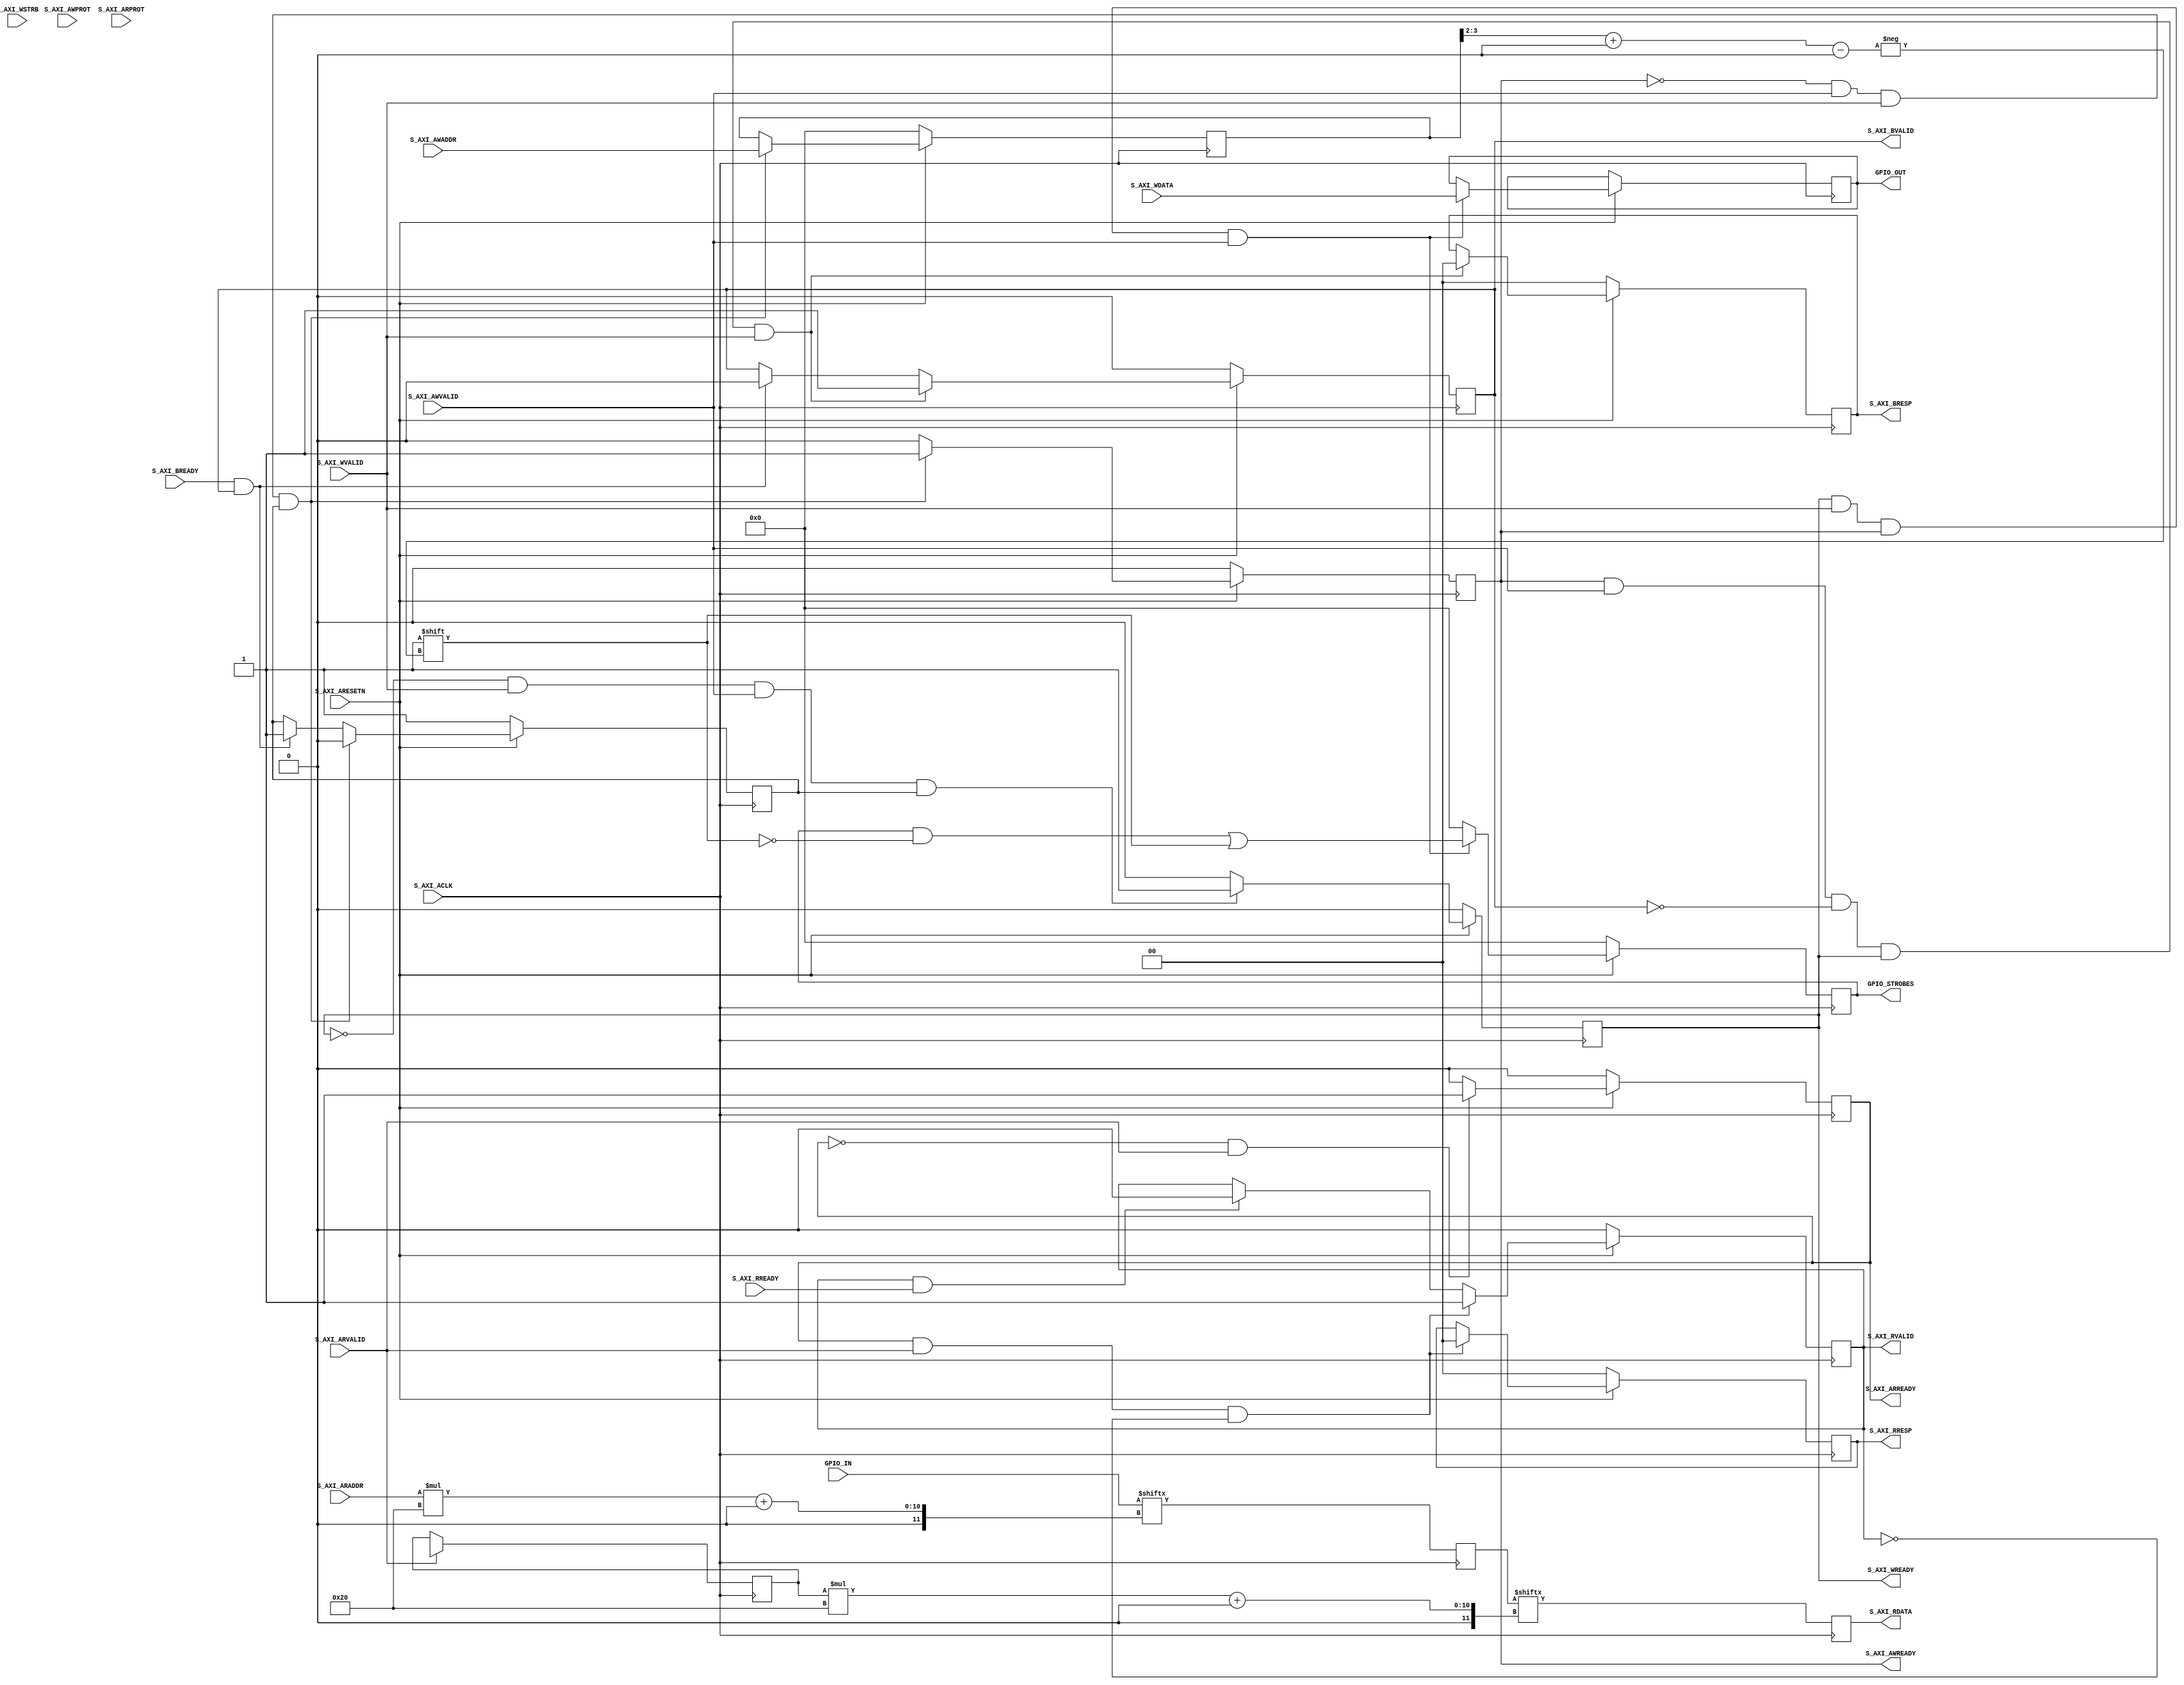
module axi_lite_generic_reg_S00_AXI #
	(
		// Users to add parameters here

		// User parameters ends
		// Do not modify the parameters beyond this line

		// Width of S_AXI data bus
		parameter integer C_S_AXI_DATA_WIDTH	= 32,
		// Width of S_AXI address bus
		parameter integer C_S_AXI_ADDR_WIDTH	= 4
	)
	(
		// Users to add ports here
        input [((1 << (C_S_AXI_ADDR_WIDTH-2))*C_S_AXI_DATA_WIDTH)-1:0] GPIO_IN,
        output reg  [(1 << (C_S_AXI_ADDR_WIDTH-2))-1:0] GPIO_STROBES,
        output reg [C_S_AXI_DATA_WIDTH-1:0] GPIO_OUT,
		// User ports ends
		// Do not modify the ports beyond this line

		// Global Clock Signal
		input wire  S_AXI_ACLK,
		// Global Reset Signal. This Signal is Active LOW
		input wire  S_AXI_ARESETN,
		// Write address (issued by master, acceped by Slave)
		input wire [C_S_AXI_ADDR_WIDTH-1 : 0] S_AXI_AWADDR,
		// Write channel Protection type. This signal indicates the
    		// privilege and security level of the transaction, and whether
    		// the transaction is a data access or an instruction access.
		input wire [2 : 0] S_AXI_AWPROT,
		// Write address valid. This signal indicates that the master signaling
    		// valid write address and control information.
		input wire  S_AXI_AWVALID,
		// Write address ready. This signal indicates that the slave is ready
    		// to accept an address and associated control signals.
		output wire  S_AXI_AWREADY,
		// Write data (issued by master, acceped by Slave) 
		input wire [C_S_AXI_DATA_WIDTH-1 : 0] S_AXI_WDATA,
		// Write strobes. This signal indicates which byte lanes hold
    		// valid data. There is one write strobe bit for each eight
    		// bits of the write data bus.    
		input wire [(C_S_AXI_DATA_WIDTH/8)-1 : 0] S_AXI_WSTRB,
		// Write valid. This signal indicates that valid write
    		// data and strobes are available.
		input wire  S_AXI_WVALID,
		// Write ready. This signal indicates that the slave
    		// can accept the write data.
		output wire  S_AXI_WREADY,
		// Write response. This signal indicates the status
    		// of the write transaction.
		output wire [1 : 0] S_AXI_BRESP,
		// Write response valid. This signal indicates that the channel
    		// is signaling a valid write response.
		output wire  S_AXI_BVALID,
		// Response ready. This signal indicates that the master
    		// can accept a write response.
		input wire  S_AXI_BREADY,
		// Read address (issued by master, acceped by Slave)
		input wire [C_S_AXI_ADDR_WIDTH-1 : 0] S_AXI_ARADDR,
		// Protection type. This signal indicates the privilege
    		// and security level of the transaction, and whether the
    		// transaction is a data access or an instruction access.
		input wire [2 : 0] S_AXI_ARPROT,
		// Read address valid. This signal indicates that the channel
    		// is signaling valid read address and control information.
		input wire  S_AXI_ARVALID,
		// Read address ready. This signal indicates that the slave is
    		// ready to accept an address and associated control signals.
		output wire  S_AXI_ARREADY,
		// Read data (issued by slave)
		output wire [C_S_AXI_DATA_WIDTH-1 : 0] S_AXI_RDATA,
		// Read response. This signal indicates the status of the
    		// read transfer.
		output wire [1 : 0] S_AXI_RRESP,
		// Read valid. This signal indicates that the channel is
    		// signaling the required read data.
		output wire  S_AXI_RVALID,
		// Read ready. This signal indicates that the master can
    		// accept the read data and response information.
		input wire  S_AXI_RREADY
	);

	// AXI4LITE signals
	reg [C_S_AXI_ADDR_WIDTH-1 : 0] 	axi_awaddr;
	reg  	axi_awready;
	reg  	axi_wready;
	reg [1 : 0] 	axi_bresp;
	reg  	axi_bvalid;
	reg [C_S_AXI_ADDR_WIDTH-1 : 0] 	axi_araddr;
	reg  	axi_arready;
	reg [1 : 0] 	axi_rresp;
	reg  	axi_rvalid;

	// Example-specific design signals
	// local parameter for addressing 32 bit / 64 bit C_S_AXI_DATA_WIDTH
	// ADDR_LSB is used for addressing 32/64 bit registers/memories
	// ADDR_LSB = 2 for 32 bits (n downto 2)
	// ADDR_LSB = 3 for 64 bits (n downto 3)
	localparam integer ADDR_LSB = (C_S_AXI_DATA_WIDTH/32) + 1;
	localparam integer OPT_MEM_ADDR_BITS = 1;
	//----------------------------------------------
	//-- Signals for user logic register space example
	//------------------------------------------------
	//-- Number of Slave Registers 4
	reg [C_S_AXI_DATA_WIDTH-1:0]	slv_reg0;
	reg [C_S_AXI_DATA_WIDTH-1:0]	slv_reg1;
	reg [C_S_AXI_DATA_WIDTH-1:0]	slv_reg2;
	reg [C_S_AXI_DATA_WIDTH-1:0]	slv_reg3;
	wire	 slv_reg_rden;
	wire	 slv_reg_wren;
	reg [C_S_AXI_DATA_WIDTH-1:0]	 reg_data_out;
	integer	 byte_index;
	reg	 aw_en;

	// I/O Connections assignments

	assign S_AXI_AWREADY	= axi_awready;
	assign S_AXI_WREADY	= axi_wready;
	assign S_AXI_BRESP	= axi_bresp;
	assign S_AXI_BVALID	= axi_bvalid;
	assign S_AXI_ARREADY	= axi_arready;
	assign S_AXI_RRESP	= axi_rresp;
	assign S_AXI_RVALID	= axi_rvalid;
	// Implement axi_awready generation
	// axi_awready is asserted for one S_AXI_ACLK clock cycle when both
	// S_AXI_AWVALID and S_AXI_WVALID are asserted. axi_awready is
	// de-asserted when reset is low.

	always @( posedge S_AXI_ACLK )
	begin
	  if ( S_AXI_ARESETN == 1'b0 )
	    begin
	      axi_awready <= 1'b0;
	      aw_en <= 1'b1;
	    end 
	  else
	    begin    
	      if (~axi_awready && S_AXI_AWVALID && S_AXI_WVALID && aw_en)
	        begin
	          // slave is ready to accept write address when 
	          // there is a valid write address and write data
	          // on the write address and data bus. This design 
	          // expects no outstanding transactions. 
	          axi_awready <= 1'b1;
	          aw_en <= 1'b0;
	        end
	        else if (S_AXI_BREADY && axi_bvalid)
	            begin
	              aw_en <= 1'b1;
	              axi_awready <= 1'b0;
	            end
	      else           
	        begin
	          axi_awready <= 1'b0;
	        end
	    end 
	end       

	// Implement axi_awaddr latching
	// This process is used to latch the address when both 
	// S_AXI_AWVALID and S_AXI_WVALID are valid. 

	always @( posedge S_AXI_ACLK )
	begin
	  if ( S_AXI_ARESETN == 1'b0 )
	    begin
	      axi_awaddr <= 0;
	    end 
	  else
	    begin    
	      if (~axi_awready && S_AXI_AWVALID && S_AXI_WVALID && aw_en)
	        begin
	          // Write Address latching 
	          axi_awaddr <= S_AXI_AWADDR;
	        end
	    end 
	end       

	// Implement axi_wready generation
	// axi_wready is asserted for one S_AXI_ACLK clock cycle when both
	// S_AXI_AWVALID and S_AXI_WVALID are asserted. axi_wready is 
	// de-asserted when reset is low. 

	always @( posedge S_AXI_ACLK )
	begin
	  if ( S_AXI_ARESETN == 1'b0 )
	    begin
	      axi_wready <= 1'b0;
	    end 
	  else
	    begin    
	      if (~axi_wready && S_AXI_WVALID && S_AXI_AWVALID && aw_en )
	        begin
	          // slave is ready to accept write data when 
	          // there is a valid write address and write data
	          // on the write address and data bus. This design 
	          // expects no outstanding transactions. 
	          axi_wready <= 1'b1;
	        end
	      else
	        begin
	          axi_wready <= 1'b0;
	        end
	    end 
	end       

	// Implement memory mapped register select and write logic generation
	// The write data is accepted and written to memory mapped registers when
	// axi_awready, S_AXI_WVALID, axi_wready and S_AXI_WVALID are asserted. Write strobes are used to
	// select byte enables of slave registers while writing.
	// These registers are cleared when reset (active low) is applied.
	// Slave register write enable is asserted when valid address and data are available
	// and the slave is ready to accept the write address and write data.
	assign slv_reg_wren = axi_wready && S_AXI_WVALID && axi_awready && S_AXI_AWVALID;

	// Implement write response logic generation
	// The write response and response valid signals are asserted by the slave 
	// when axi_wready, S_AXI_WVALID, axi_wready and S_AXI_WVALID are asserted.  
	// This marks the acceptance of address and indicates the status of 
	// write transaction.

	always @( posedge S_AXI_ACLK )
	begin
	  if ( S_AXI_ARESETN == 1'b0 )
	    begin
	      axi_bvalid  <= 0;
	      axi_bresp   <= 2'b0;
	    end 
	  else
	    begin    
	      if (axi_awready && S_AXI_AWVALID && ~axi_bvalid && axi_wready && S_AXI_WVALID)
	        begin
	          // indicates a valid write response is available
	          axi_bvalid <= 1'b1;
	          axi_bresp  <= 2'b0; // 'OKAY' response 
	        end                   // work error responses in future
	      else
	        begin
	          if (S_AXI_BREADY && axi_bvalid) 
	            //check if bready is asserted while bvalid is high) 
	            //(there is a possibility that bready is always asserted high)   
	            begin
	              axi_bvalid <= 1'b0; 
	            end  
	        end
	    end
	end   

	// Implement axi_arready generation
	// axi_arready is asserted for one S_AXI_ACLK clock cycle when
	// S_AXI_ARVALID is asserted. axi_awready is 
	// de-asserted when reset (active low) is asserted. 
	// The read address is also latched when S_AXI_ARVALID is 
	// asserted. axi_araddr is reset to zero on reset assertion.

	always @( posedge S_AXI_ACLK )
	begin
	  if ( S_AXI_ARESETN == 1'b0 )
	    begin
	      axi_arready <= 1'b0;
	      axi_araddr  <= 32'b0;
	    end 
	  else
	    begin    
	      if (~axi_arready && S_AXI_ARVALID)
	        begin
	          // indicates that the slave has acceped the valid read address
	          axi_arready <= 1'b1;
	          // Read address latching
	          axi_araddr  <= S_AXI_ARADDR;
	        end
	      else
	        begin
	          axi_arready <= 1'b0;
	        end
	    end 
	end       

	// Implement axi_arvalid generation
	// axi_rvalid is asserted for one S_AXI_ACLK clock cycle when both 
	// S_AXI_ARVALID and axi_arready are asserted. The slave registers 
	// data are available on the axi_rdata bus at this instance. The 
	// assertion of axi_rvalid marks the validity of read data on the 
	// bus and axi_rresp indicates the status of read transaction.axi_rvalid 
	// is deasserted on reset (active low). axi_rresp and axi_rdata are 
	// cleared to zero on reset (active low).  
	always @( posedge S_AXI_ACLK )
	begin
	  if ( S_AXI_ARESETN == 1'b0 )
	    begin
	      axi_rvalid <= 0;
	      axi_rresp  <= 0;
	    end 
	  else
	    begin    
	      if (axi_arready && S_AXI_ARVALID && ~axi_rvalid)
	        begin
	          // Valid read data is available at the read data bus
	          axi_rvalid <= 1'b1;
	          axi_rresp  <= 2'b0; // 'OKAY' response
	        end   
	      else if (axi_rvalid && S_AXI_RREADY)
	        begin
	          // Read data is accepted by the master
	          axi_rvalid <= 1'b0;
	        end                
	    end
	end    

	// Add user logic here

/////////////////////////////////////////////////////////////////////////////
// GPIO READ
// Give the router a hand in meeting timing by providing
// two levels of multiplexer registers.
localparam CHANNEL_COUNT = 1 << (C_S_AXI_ADDR_WIDTH - 2);
localparam L2MUX_INPUT_COUNT = (CHANNEL_COUNT + 15) / 16;
localparam L1MUX_WIDTH = L2MUX_INPUT_COUNT * C_S_AXI_DATA_WIDTH;

reg [L1MUX_WIDTH-1:0] l1mux;
wire [3:0] l1MuxSel;
assign l1MuxSel = S_AXI_ARADDR[C_S_AXI_ADDR_WIDTH-1-:4];

reg [C_S_AXI_DATA_WIDTH-1:0] l2mux;
reg [C_S_AXI_ADDR_WIDTH-4-2-1:0] l2MuxSel;

always @(posedge S_AXI_ACLK) begin
    if (S_AXI_ARVALID) l2MuxSel <= S_AXI_ARADDR[C_S_AXI_ADDR_WIDTH-4-1:2];
    l1mux <= GPIO_IN[l1MuxSel*L1MUX_WIDTH+:L1MUX_WIDTH];
    l2mux <= l1mux[l2MuxSel*C_S_AXI_DATA_WIDTH+:C_S_AXI_DATA_WIDTH];
end

assign S_AXI_RDATA = l2mux;

/////////////////////////////////////////////////////////////////////////////
// GPIO WRITE
wire [C_S_AXI_ADDR_WIDTH-2-1:0] wrChannel = axi_awaddr[C_S_AXI_ADDR_WIDTH-1:2];
always @(posedge S_AXI_ACLK) begin
    if (S_AXI_ARESETN == 1'b0) begin
        GPIO_STROBES <= 0;
    end
    else begin
        if (slv_reg_wren) begin
            GPIO_STROBES[wrChannel+:1] <= 1'b1;
            GPIO_OUT <= S_AXI_WDATA;
        end
        else begin
            GPIO_STROBES <= {CHANNEL_COUNT{1'b0}};
        end
    end
end

	// User logic ends

	endmodule